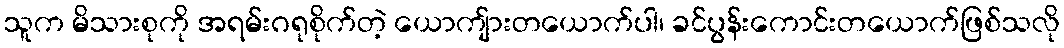
သူက မိသားစုကို အရမ်းဂရုစိုက်တဲ့ ယောကျ်ားတယောက်ပါ၊ ခင်ပွန်းကောင်းတယောက်ဖြစ်သလို